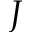
J